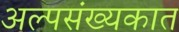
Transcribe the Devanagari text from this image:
अल्पसंख्यकात